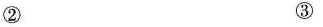
② ③